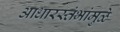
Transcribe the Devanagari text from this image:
आधारस्तंभांमुळे